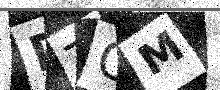
Text: DTCM